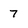
Character: 7